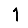
Digit: 1